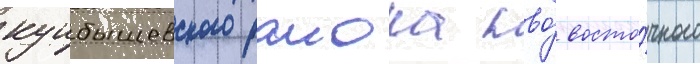
куибышевского раиона пво́ восто́чного